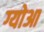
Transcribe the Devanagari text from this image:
ग्योआ